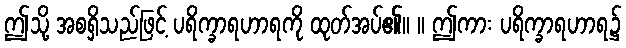
ဤသို့ အစရှိသည်ဖြင့် ပရိက္ခာရဟာရကို ထုတ်အပ်၏။ ။ ဤကား ပရိက္ခာရဟာရ၌